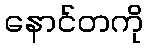
နောင်တကို